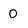
Character: 0